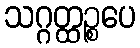
သဂ္ဂတ္ထဉ္စပေ